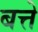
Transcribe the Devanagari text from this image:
बत्ते